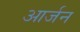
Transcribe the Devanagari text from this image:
आर्जन